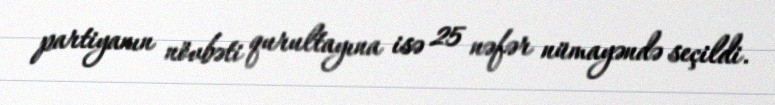
partiyanın növbəti qurultayına isə 25 nəfər nümayəndə seçildi.